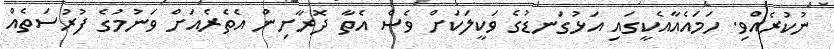
ނުކުރެއްވި. ހަމައެއާއެކީގައި އަޅުގަނޑުގެ ވަކީލަކަށް ވެސް އެތާ ދޮރާށިން އެތެރެއަށް ވަނުމުގެ ފުރުސަތެއް